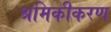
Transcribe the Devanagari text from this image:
श्रमिकीकरण